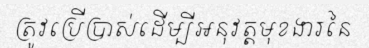
ត្រូវប្រើប្រាស់ដើម្បីអនុវត្តមុខងារនៃ